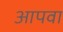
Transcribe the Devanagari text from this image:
आपवा